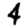
Digit: 4